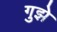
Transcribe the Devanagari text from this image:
गुझे